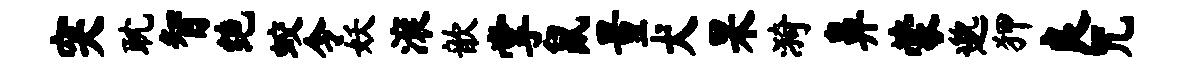
突耽智绝蛟令妖滚歆掌鼠量犬杲漪鼻蒙邈狎良咒